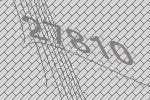
27810